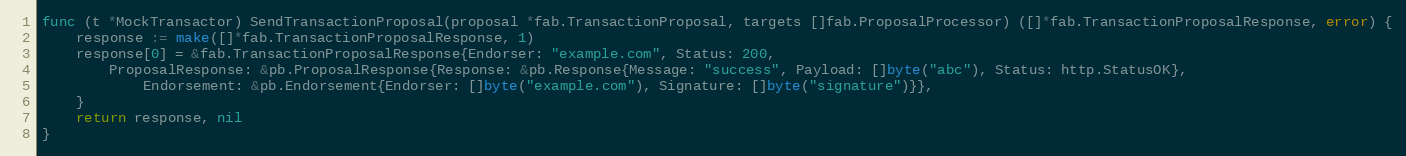
Language: Go
func (t *MockTransactor) SendTransactionProposal(proposal *fab.TransactionProposal, targets []fab.ProposalProcessor) ([]*fab.TransactionProposalResponse, error) {
	response := make([]*fab.TransactionProposalResponse, 1)
	response[0] = &fab.TransactionProposalResponse{Endorser: "example.com", Status: 200,
		ProposalResponse: &pb.ProposalResponse{Response: &pb.Response{Message: "success", Payload: []byte("abc"), Status: http.StatusOK},
			Endorsement: &pb.Endorsement{Endorser: []byte("example.com"), Signature: []byte("signature")}},
	}
	return response, nil
}